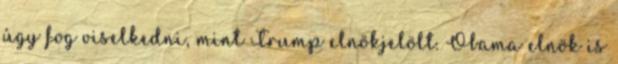
úgy fog viselkedni, mint Trump elnökjelölt. Obama elnök is